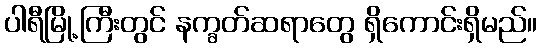
ပါရီမြို့ကြီးတွင် နက္ခတ်ဆရာတွေ ရှိကောင်းရှိမည်။